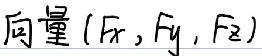
向量 ($F_x$, $F_y$, $F_z$)